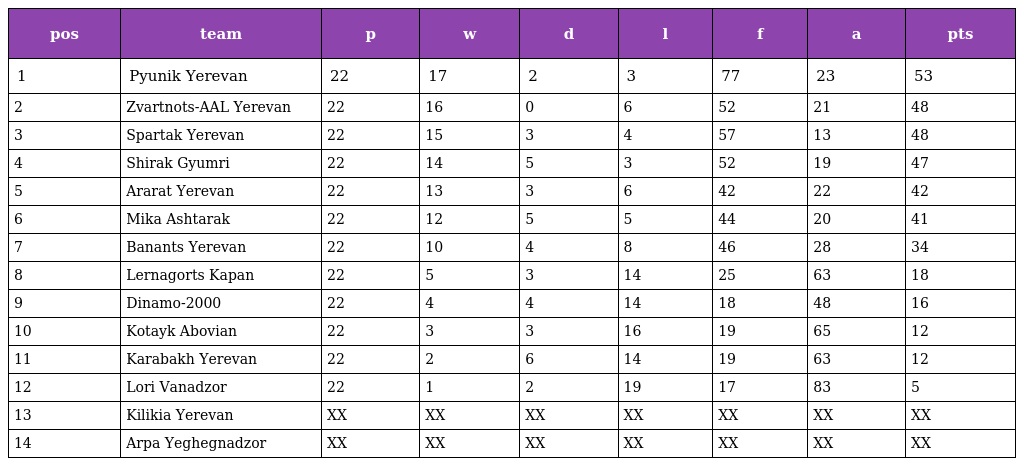
| pos | team | p | w | d | l | f | a | pts |
 | --- | --- | --- | --- | --- | --- | --- | --- | --- |
 | 1 | Pyunik Yerevan | 22 | 17 | 2 | 3 | 77 | 23 | 53 |
 | 2 | Zvartnots-AAL Yerevan | 22 | 16 | 0 | 6 | 52 | 21 | 48 |
 | 3 | Spartak Yerevan | 22 | 15 | 3 | 4 | 57 | 13 | 48 |
 | 4 | Shirak Gyumri | 22 | 14 | 5 | 3 | 52 | 19 | 47 |
 | 5 | Ararat Yerevan | 22 | 13 | 3 | 6 | 42 | 22 | 42 |
 | 6 | Mika Ashtarak | 22 | 12 | 5 | 5 | 44 | 20 | 41 |
 | 7 | Banants Yerevan | 22 | 10 | 4 | 8 | 46 | 28 | 34 |
 | 8 | Lernagorts Kapan | 22 | 5 | 3 | 14 | 25 | 63 | 18 |
 | 9 | Dinamo-2000 | 22 | 4 | 4 | 14 | 18 | 48 | 16 |
 | 10 | Kotayk Abovian | 22 | 3 | 3 | 16 | 19 | 65 | 12 |
 | 11 | Karabakh Yerevan | 22 | 2 | 6 | 14 | 19 | 63 | 12 |
 | 12 | Lori Vanadzor | 22 | 1 | 2 | 19 | 17 | 83 | 5 |
 | 13 | Kilikia Yerevan | XX | XX | XX | XX | XX | XX | XX |
 | 14 | Arpa Yeghegnadzor | XX | XX | XX | XX | XX | XX | XX |